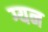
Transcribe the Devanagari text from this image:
ग्यन